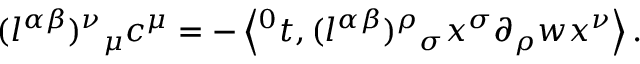
{ ( l ^ { \alpha \beta } ) ^ { \nu } } _ { \mu } c ^ { \mu } = - \left\langle { ^ 0 t } , { ( l ^ { \alpha \beta } ) ^ { \rho } } _ { \sigma } x ^ { \sigma } \partial _ { \rho } w x ^ { \nu } \right\rangle .